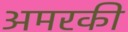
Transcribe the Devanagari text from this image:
अमरकी